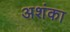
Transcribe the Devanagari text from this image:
अशंका